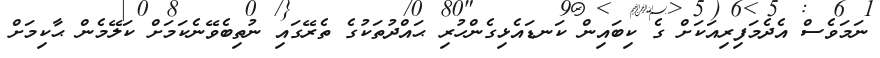
ނަމަވެސް އެދެމަފިރިއަކަށް ގެ ކިބައިން ކަނޑައެޅިގެންހުރި ޙައްދުތަކުގެ ތެރޭގައި ނުތިބެވޭނެކަމަށް ކަލޭމެން ޙާކިމަށް